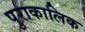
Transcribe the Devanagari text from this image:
पुराकालिक